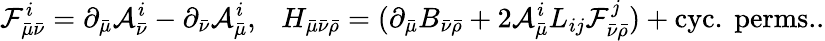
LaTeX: {\cal F}_{\bar{\mu}\bar{\nu}}^{i}=\partial_{\bar{\mu}}{\cal A}_{\bar{\nu}}^{i}-\partial_{\bar{\nu}}{\cal A}_{\bar{\mu}}^{i},\ \ \ H_{\bar{\mu}\bar{\nu}\bar{\rho}}=(\partial_{\bar{\mu}}B_{\bar{\nu}\bar{\rho}}+2{\cal A}_{\bar{\mu}}^{i}L_{ij}{\cal F}_{\bar{\nu}\bar{\rho}}^{j})+\mathrm{cyc.\ perms.}.